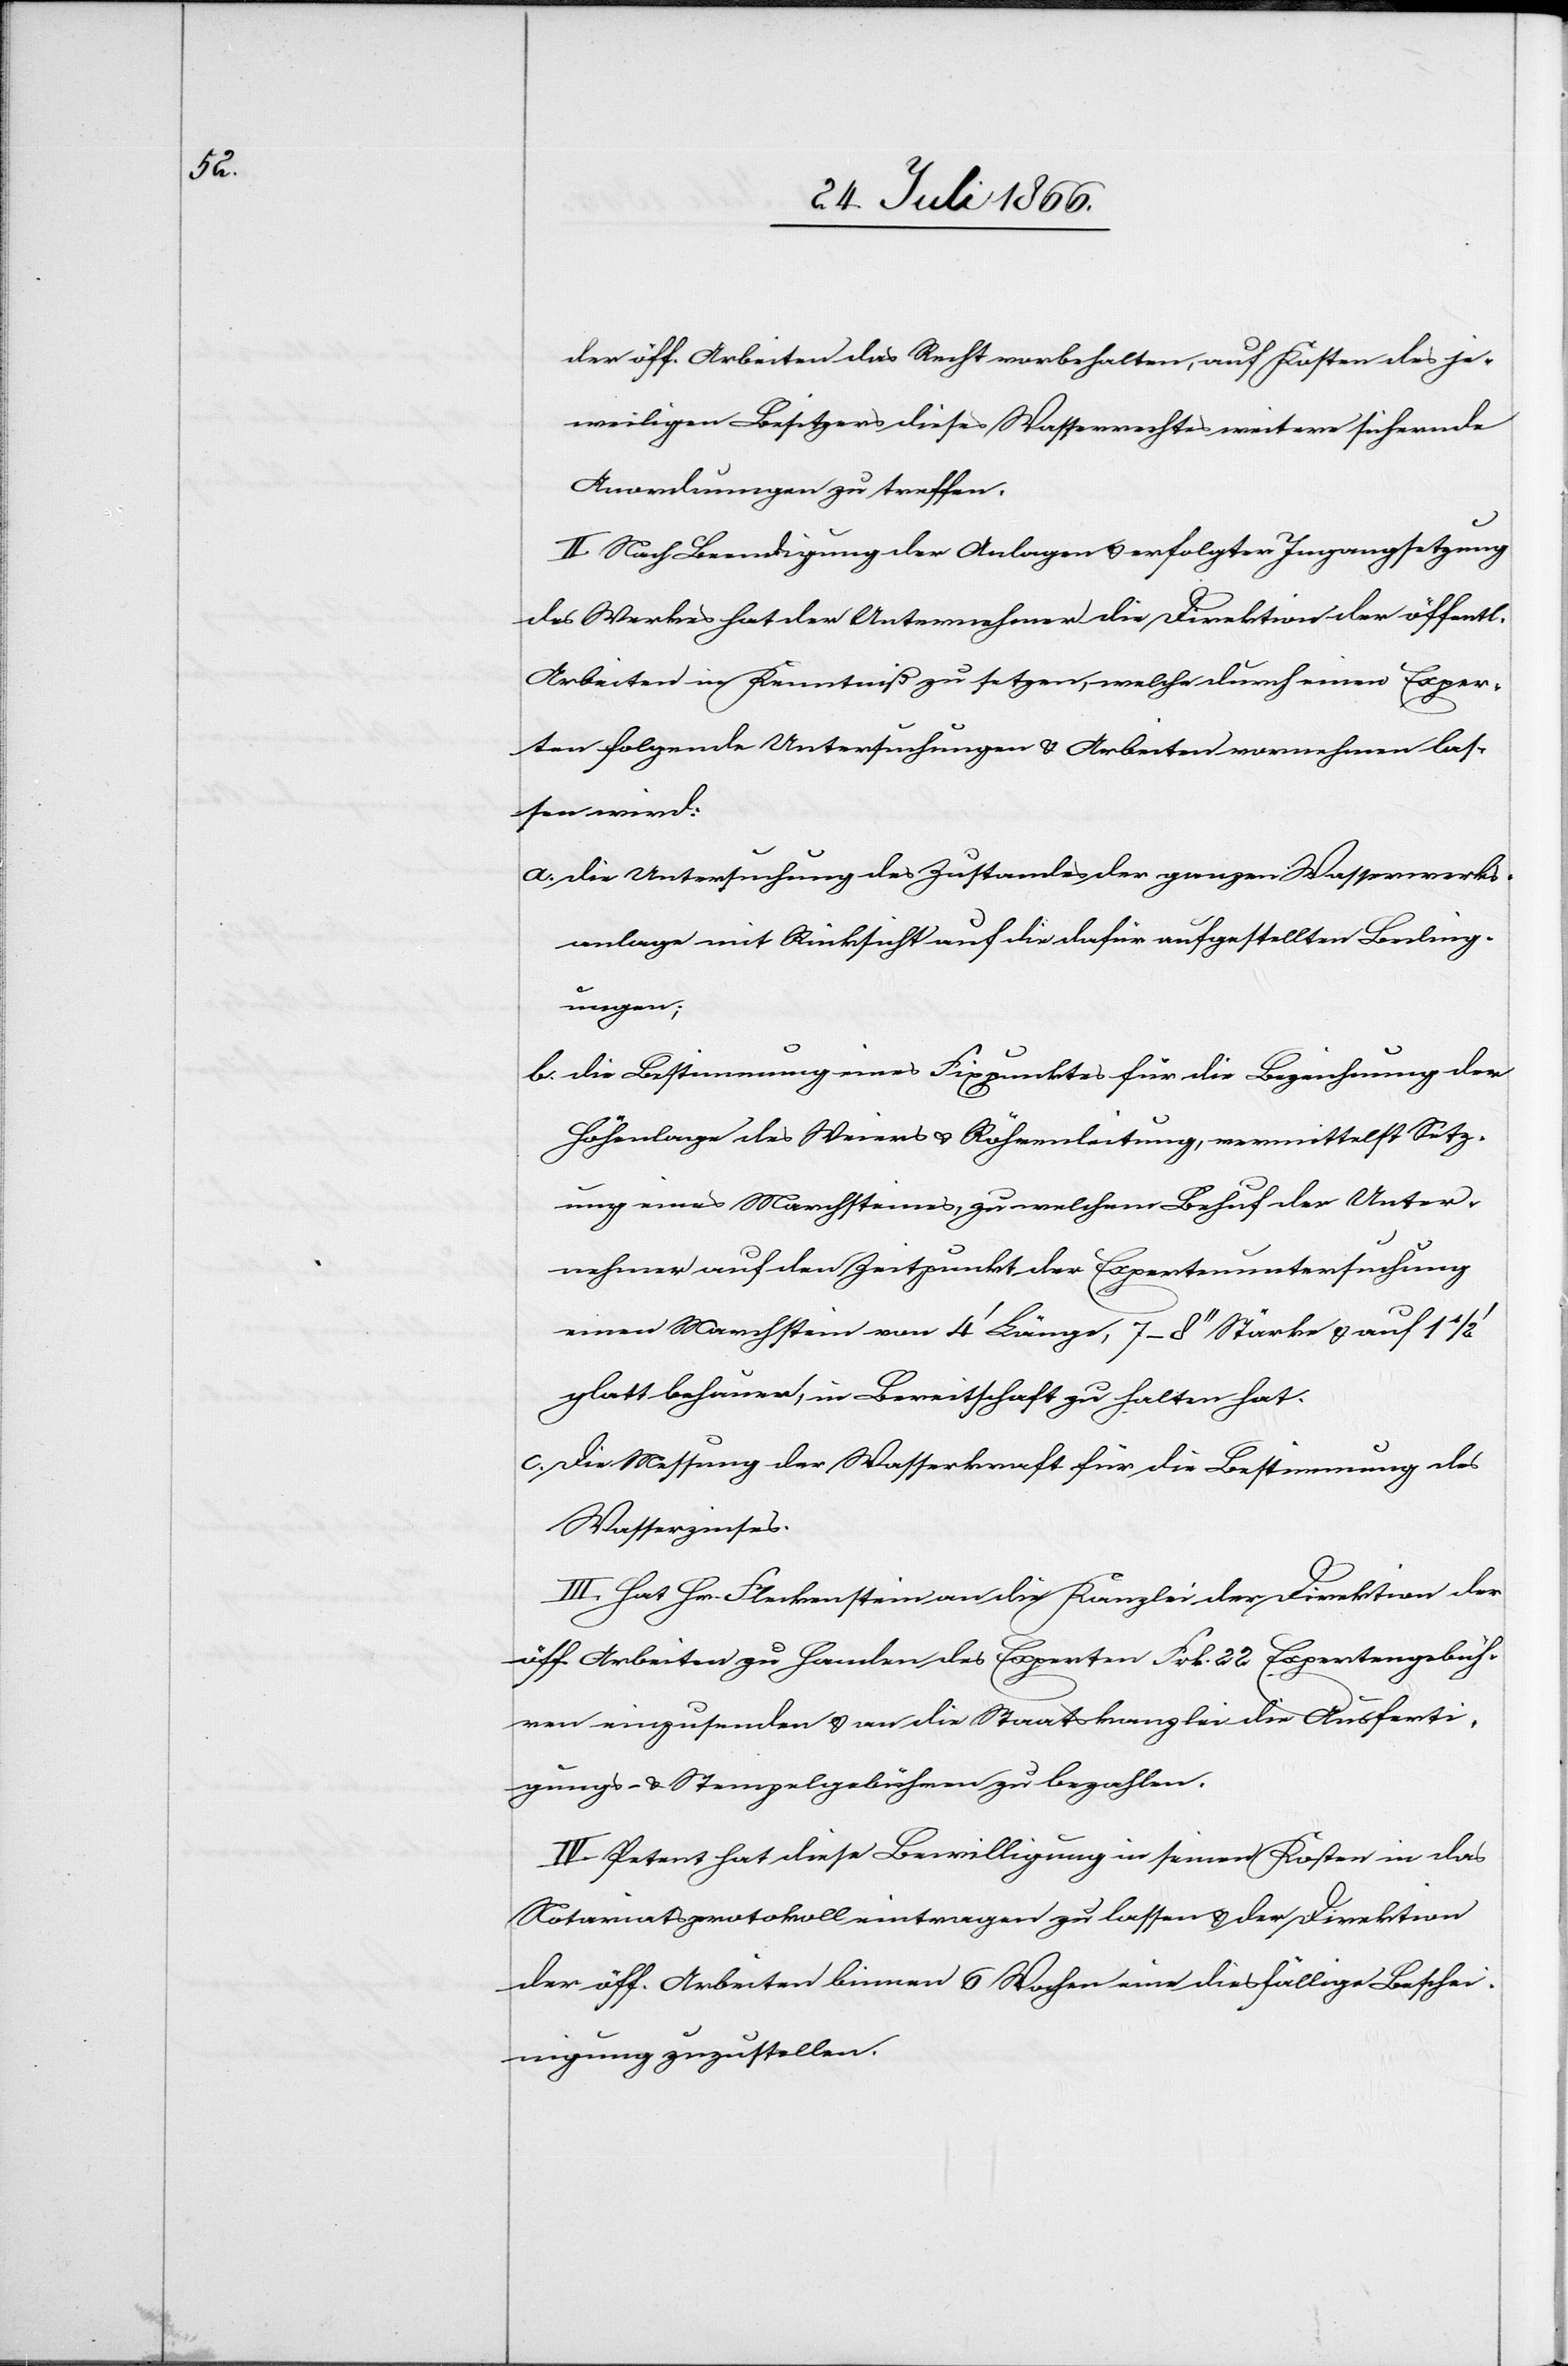
der öff. Arbeiten das Recht vorbehalten, auf Kosten des je¬
weiligen Besitzers dieses Wasserrechtes weitere sichernde
Anordnungen zu treffen.
II. Nach Beendigung der Anlagen u. erfolgter Ingangsetzung
des Werkes hat der Unternehmer die Direktion der öffentl.
Arbeiten in Kenntniß zu setzen, welche durch einen Exper¬
ten folgende Untersuchungen u. Arbeiten vornehmen las¬
sen wird:
a. die Untersuchung des Zustandes der ganzen Wasserwerks¬
anlage mit Rücksicht auf die dafür aufgestellten Beding¬
ungen;
b. die Bestimmung eines Fixpunktes für die Bezeichnung der
Höhenlage des Weiers u. Röhrenleitung, vermittelst Setz¬
ung eines Marchsteines, zu welchem Behuf der Unter¬
nehmer auf den Zeitpunkt der Expertenuntersuchung
einen Marchstein vom 5‘ Länge, 7–8‘‘ Stärke u. auf 1 ½‘
glatt behauen, in Bereitschaft zu halten hat.
c. die Messung der Wasserkraft für die Bestimmung des
Wasserzinses.
III. Hat Hr. Fleckenstein an die Kanzlei der Direktion der
öff. Arbeiten zu Handen des Experten Frk. 22 Expertengebüh¬
ren einzusenden u. an die Staatskanzlei die Ausferti¬
gungs- u. Stempelgebühren zu bezahlen.
IV. Petent hat diese Bewilligung in seinen Kosten in das
Notariatsprotokoll eintragen zu lassen u. der Direktion
der öff. Arbeiten binnen 6 Wochen eine diesfällige Beschei¬
nigung zuzustellen.